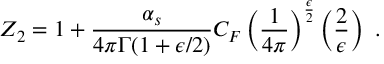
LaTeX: Z _ { 2 } = 1 + { \frac { \alpha _ { s } } { 4 \pi \Gamma ( 1 + \epsilon / 2 ) } } C _ { F } \left( { \frac { 1 } { 4 \pi } } \right) ^ { { \frac { \epsilon } { 2 } } } \left( { \frac { 2 } { \epsilon } } \right) \ .